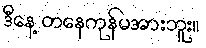
ဒီနေ့ တနေကုန်မအားဘူး။